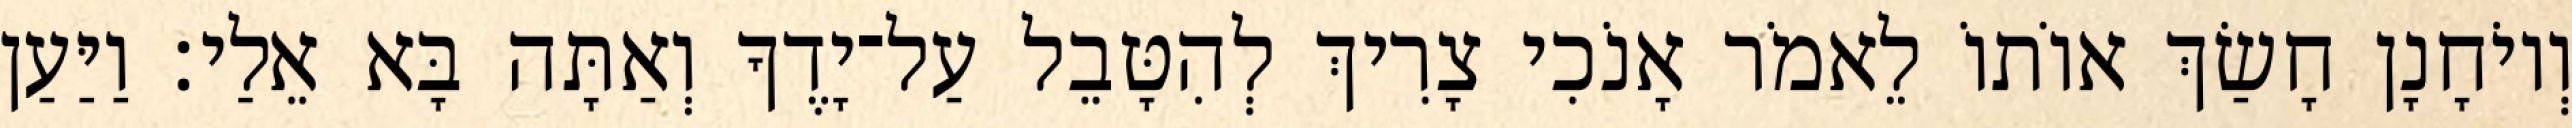
וְיוֹחָנָן חָשַׂךְ אוֹתוֹ לֵאמֹר אָנֹכִי צָרִיךְ לְהִטָּבֵל עַל־יָדֶךָ וְאַתָּה בָּא אֵלַי׃ וַיַּעַן